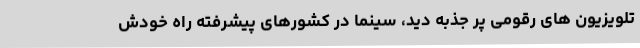
تلویزیون های رقومی پر جذبه دید، سینما در کشورهای پیشرفته راه خودش